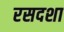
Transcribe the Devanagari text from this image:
रसदशा